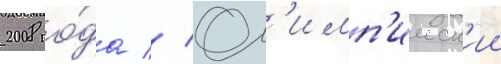
2008 го́да // Ол'имп'ииск'ии